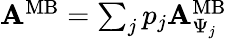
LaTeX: \begin{array}{r}{{\mathbf A}^{\mathrm{MB}}=\sum_{j}p_{j}{\mathbf A}_{\Psi_{j}}^{\mathrm{MB}}}\end{array}